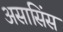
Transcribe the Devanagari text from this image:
असासिंस